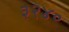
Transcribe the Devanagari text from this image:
३२४०